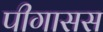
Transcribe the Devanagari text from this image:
पीगासस